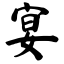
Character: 宴